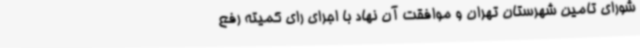
شورای تامین شهرستان تهران و موافقت آن نهاد با اجرای رای کمیته رفع